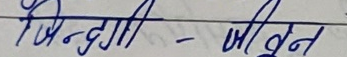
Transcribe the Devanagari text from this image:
जिंदगी - जीवन